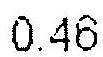
0.46